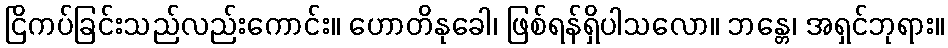
ငြိကပ်ခြင်းသည်လည်းကောင်း။ ဟောတိနုခေါ၊ ဖြစ်ရန်ရှိပါသလော။ ဘန္တေ၊ အရှင်ဘုရား။